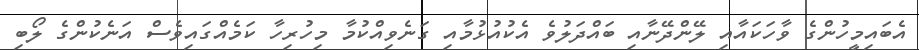
އެބައިމީހުންގެ ވާހަކައާއި ލޭންދޭނާއި ބައްދަލުވެ އެކުއުޅުމާއި ގަނެވިއްކުމާ މިހުރިހާ ކަމެއްގައިވެސް އަނެކުންގެ ލޯބި